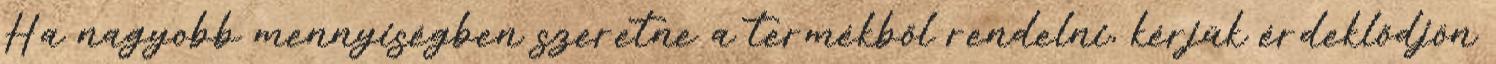
Ha nagyobb mennyiségben szeretne a termékből rendelni, kérjük érdeklődjön